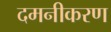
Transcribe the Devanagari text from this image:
दमनीकरण